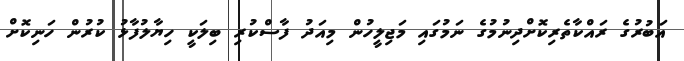
އަބުރުގެ ރައްކާތެރިކޮށްދިނުމުގެ ނަމުގައި މަޖިލީހުން މިއަދު ފާސްކުރި ބިލަކީ ހިޔާލުފާޅު ކުރުން ހަނިކޮށް